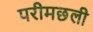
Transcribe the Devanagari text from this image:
परीमछली